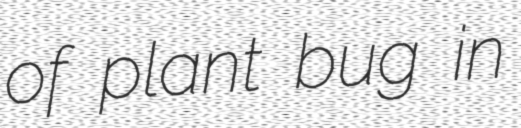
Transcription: of plant bug in